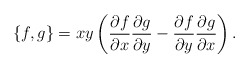
\begin{align*} \{f, g\} = xy \left( \frac{\partial f}{\partial x} \frac{\partial g}{\partial y} - \frac{\partial f}{\partial y} \frac{\partial g}{\partial x} \right).\end{align*}